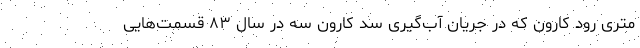
متری رود کارون که در جریان آب‌گیری سد کارون سه در سال ۸۳ قسمت‌هایی